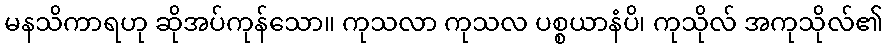
မနသိကာရဟု ဆိုအပ်ကုန်သော။ ကုသလာ ကုသလ ပစ္စယာနံပိ၊ ကုသိုလ် အကုသိုလ်၏